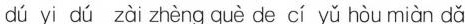
dú yi dú zài zhèng què de cí yǔ hòu miàn dǎ